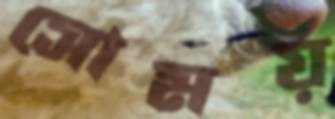
সোময়